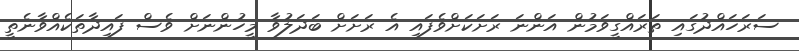
ސަރަހައްދުގައި ތަރައްގީވަމުން އަންނަ ރަށަކަށްވެފައި އެ ރަށަށް ބަދަލުވާ މީހުންނަށް ވެސް ފައިދާތަކެއްވާނެތީ